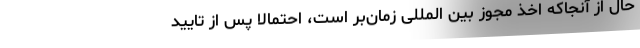
حال از آنجاکه اخذ مجوز بین المللی زمان‌بر است، احتمالا پس از تایید